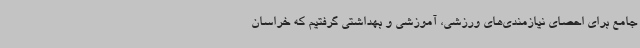
جامع برای احصای نیازمندی‌های ورزشی، آموزشی و بهداشتی گرفتیم که خراسان